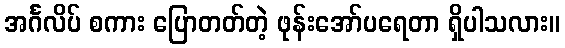
အင်္ဂလိပ် စကား ပြောတတ်တဲ့ ဖုန်းအော်ပရေတာ ရှိပါသလား။